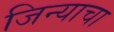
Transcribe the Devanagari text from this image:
जिन्याचा